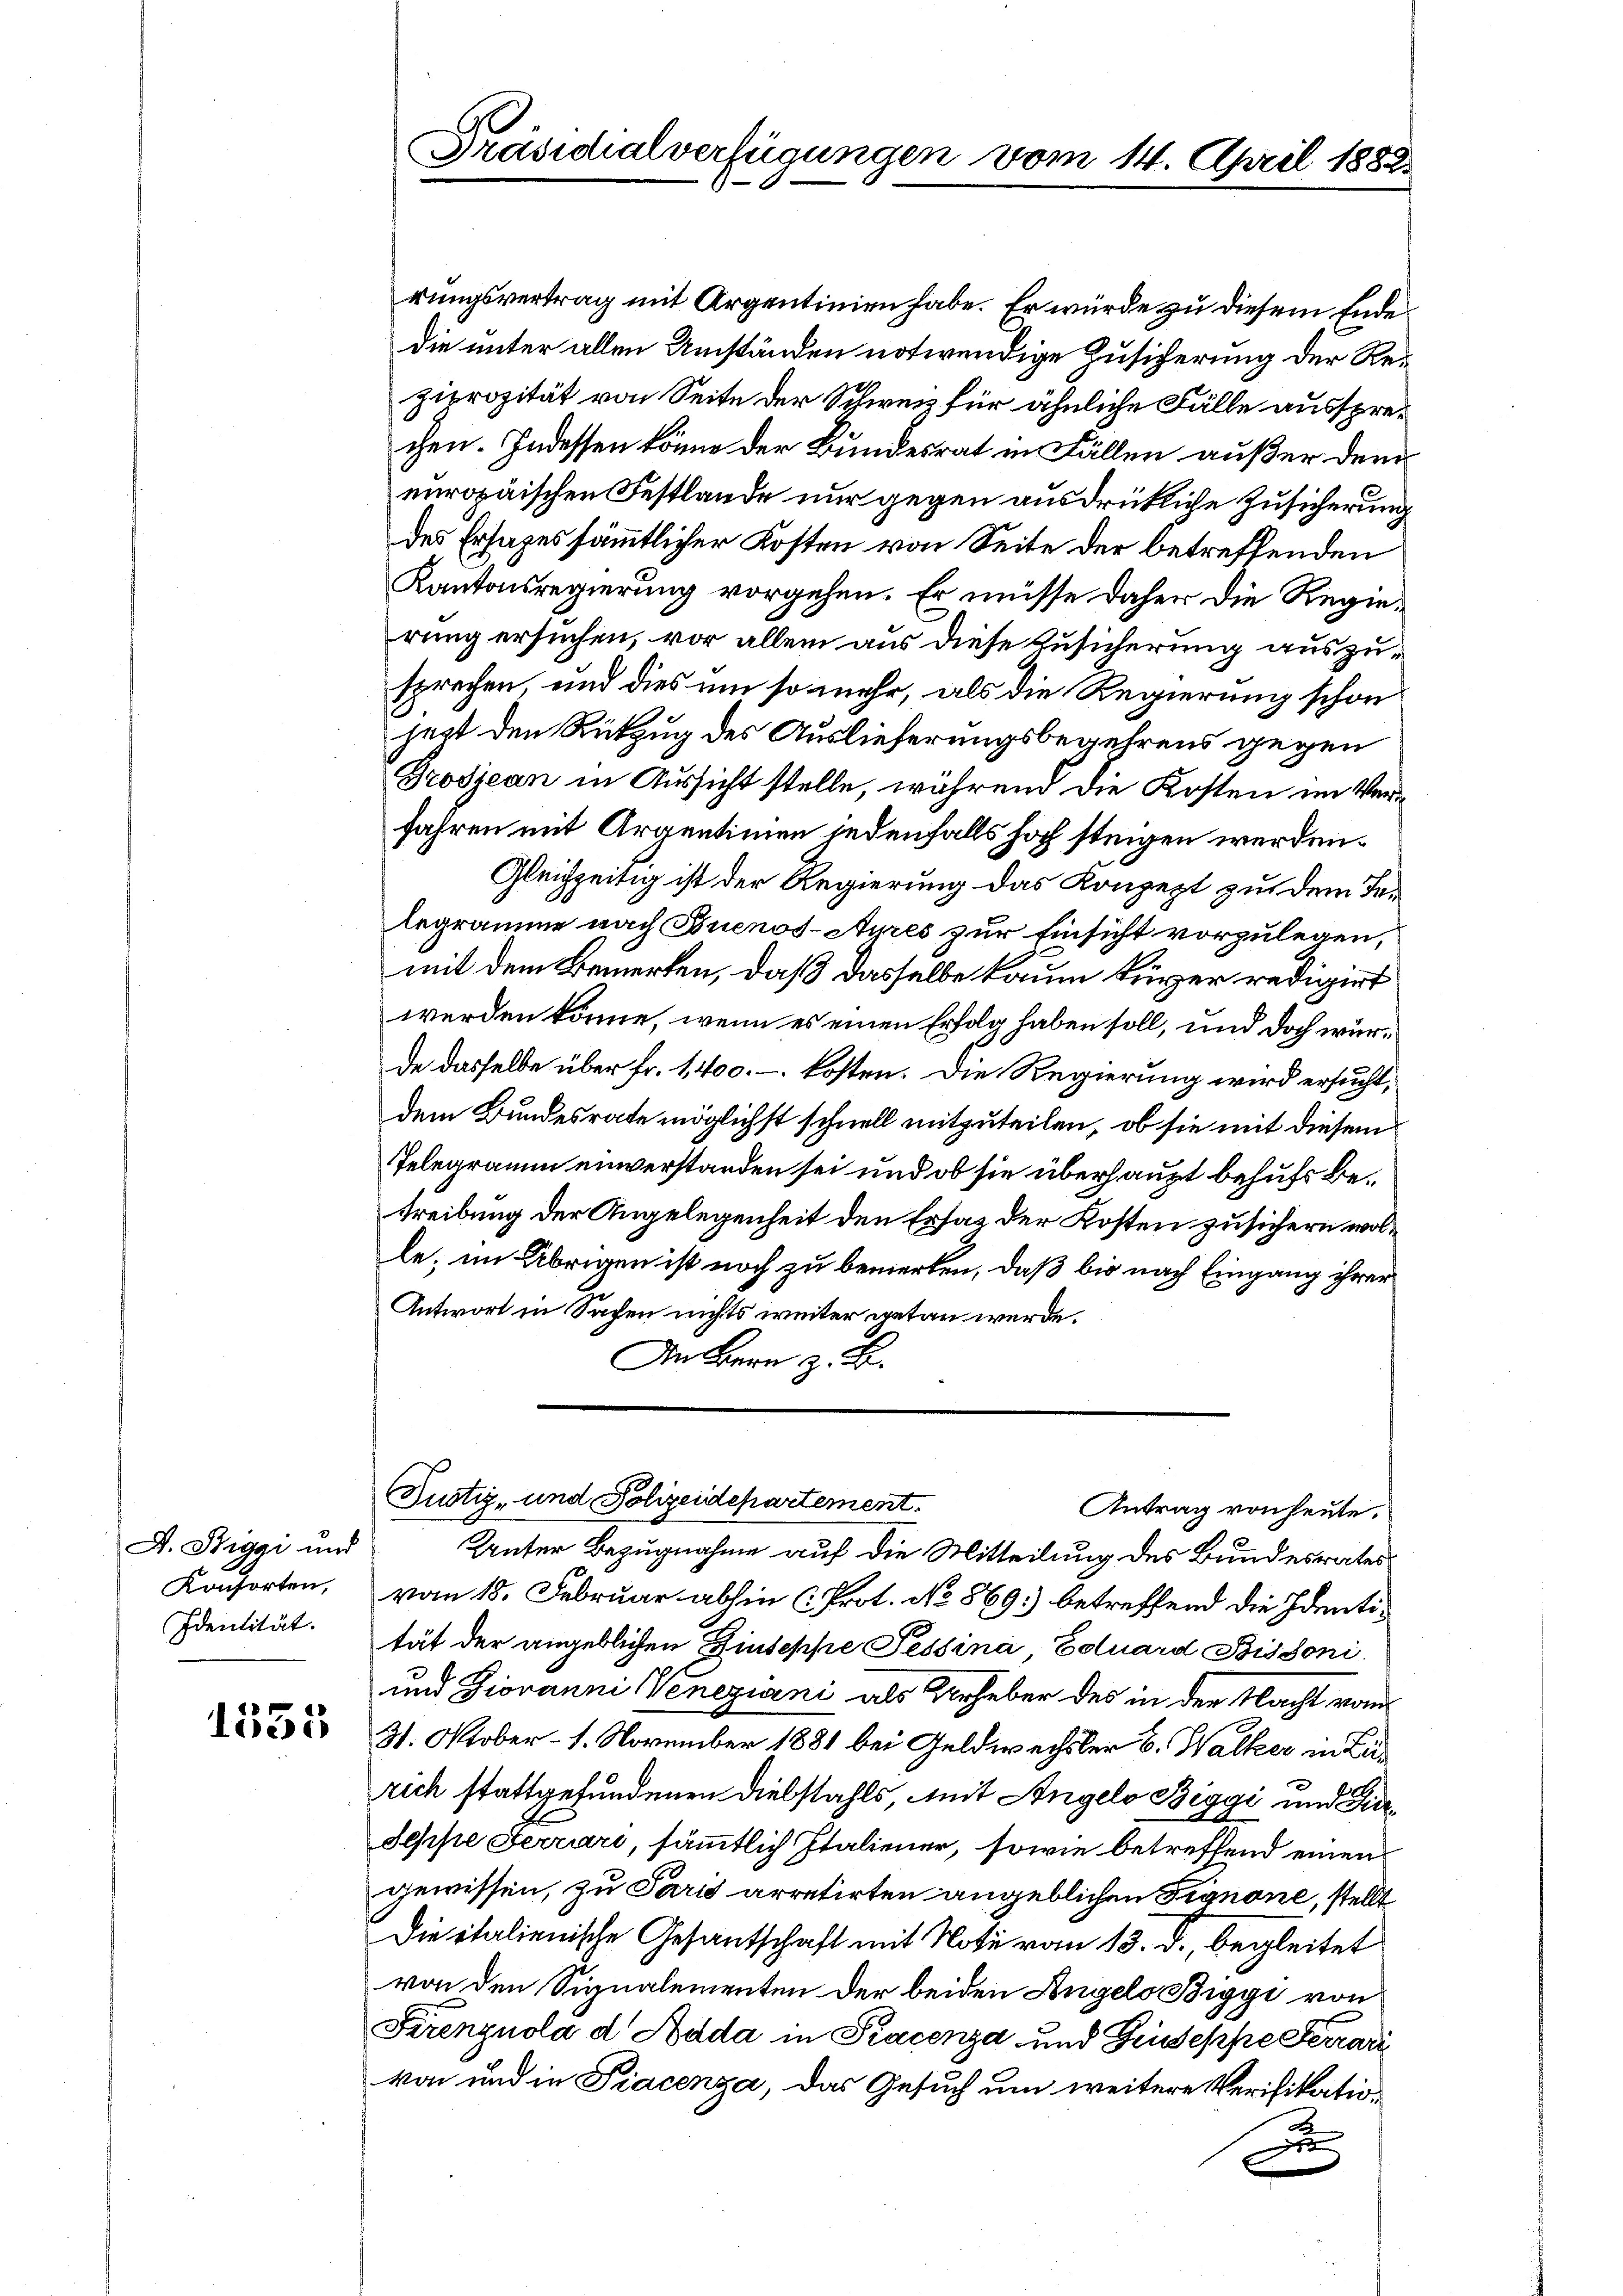
A. Stiggi und
Konsorten,
Identität.

1535

Präsidialverfügungen vom 14. April 1882.

rungsvertrag mit Argentinien habe. Er würde zu diesem Ende
die unter allen Umständen notwendige Zusicherung der Reziprozität von Seite der Schweiz für ähnliche Fälle aussprechen. Indessen könne der Bundesrat in Fällen außer dem
europäischen Festlände nur gegen ausdrückliche Zusicherung
des Ersages sämmtlicher Kosten von Seite der betreffenden
Kantonsregierung vorgehen. Er müsse daher die Regierung ersuchen, vor allem aus diese Zusicherung auszusprechen, und dies um so mehr, als die Regierung schon
heit den Rückzug des Auslieferungsbegehrens gegen
Grodjean in Aussicht stelle, während die Kosten im Ver¬
Jahren mit Argentimen jedenfalls hoch steigen werden.
Gleichzeitig ist der Regierung das Konzept zu dem Telegramme nach Buenos-Ayres zur Einsicht vorzulegen,
mit dem Bemerken, daß dasselbe kaum kurzer redigirt
werden könne, wenn es einen Erfolg haben soll, und doch würde dasselbe über fr. 1400.-. kosten. Die Regierung wird ersucht,
dem Bundesrate möglichst schnell mitzuteilen, ob sie mit diesem
Telegramm einverstanden sei und ob sie überhaupt behufs betreibung der Angelegenheit den Ersatz der Kosten zusichern wolle; im Übrigen ist noch zu bemerken, daß bis nach Eingang ihrer
Antwort in Sachen nichts weiter getan werde.
In Bern z. B.
Justiz- und Polizeidepartement.
Antrag von heute.
Unter Bezugnahme auf die Mitteilung des Bundesrates
vom 18. Februar abhin (Prot. No 869) betreffend die Identität der angeblichen Zinseppe Tessina Eduard Bissoni
und Giovanni Veneziani, als Urheber des in der Nacht vom
31. Oktober - 1. November 1881 bei Geldwechsler B. Walker in Lurich stattgefundenen Diebstahls mit Angelo Biggi und Fier¬
Seppe Ferrari, sämmtlich Italiener, sowie betreffend einen
gewissen, zu Paris arretirten angeblichen Fignone, stellt
Die italienische Gesantschaft mit Note vom 18. d., begleitet
von den Signalementen der beiden Angelo Biggi von
Firenznola d Adda in Pracenza und Giuseppe Ferrari
von und in Piacenza, das Gesuch um weitere Verifikatioa
n